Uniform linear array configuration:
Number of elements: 32
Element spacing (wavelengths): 0.25
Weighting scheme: kaiser
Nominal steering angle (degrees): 30
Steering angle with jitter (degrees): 31.585
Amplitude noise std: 0.05
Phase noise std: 0.05

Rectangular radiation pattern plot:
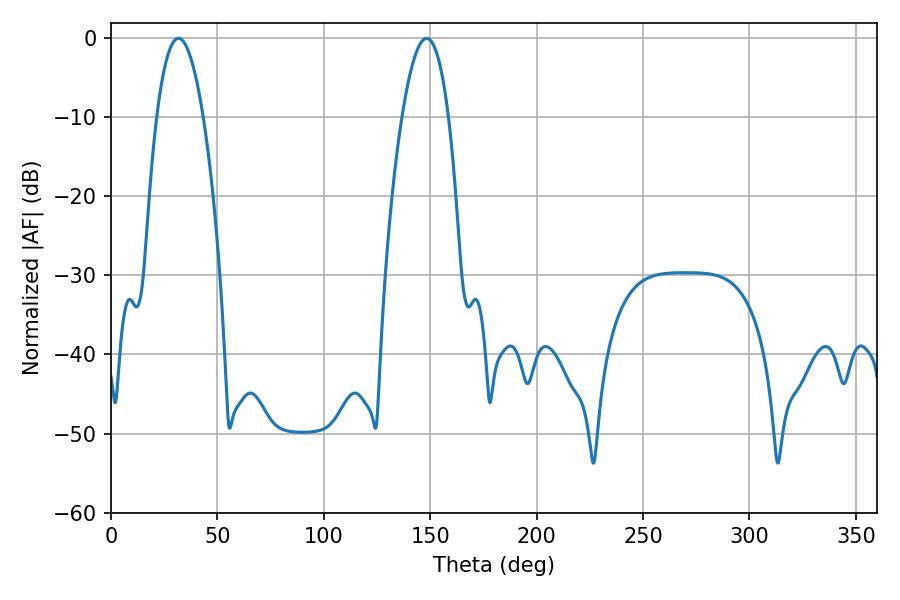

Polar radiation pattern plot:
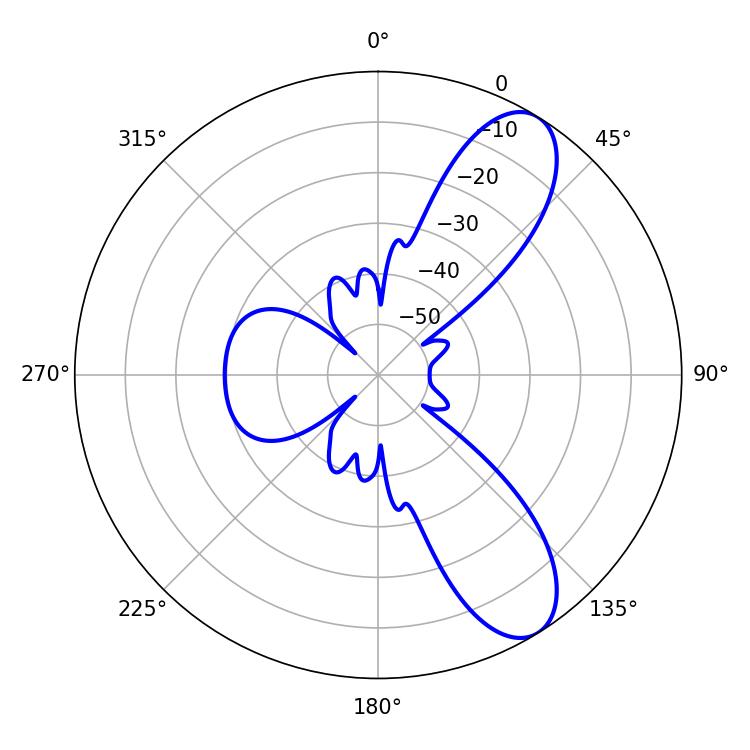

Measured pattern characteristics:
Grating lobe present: FALSE
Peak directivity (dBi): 9.247
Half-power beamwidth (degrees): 12.06
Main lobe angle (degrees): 31.68